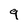
Character: 9